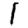
Digit: 1